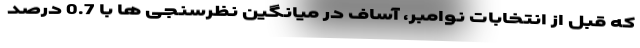
که قبل از انتخابات نوامبر، آساف در میانگین نظرسنجی ها با 0.7 درصد